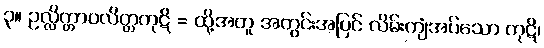
၃။ ဥလ္လိတ္တာဝလိတ္တကုဋိ = ထို့အတူ အတွင်းအပြင် လိမ်းကျံအပ်သော ကုဋိ၊